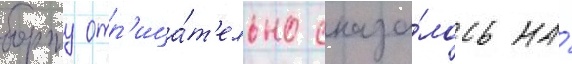
борту отр'ица́т'ельно сказа́лось на́